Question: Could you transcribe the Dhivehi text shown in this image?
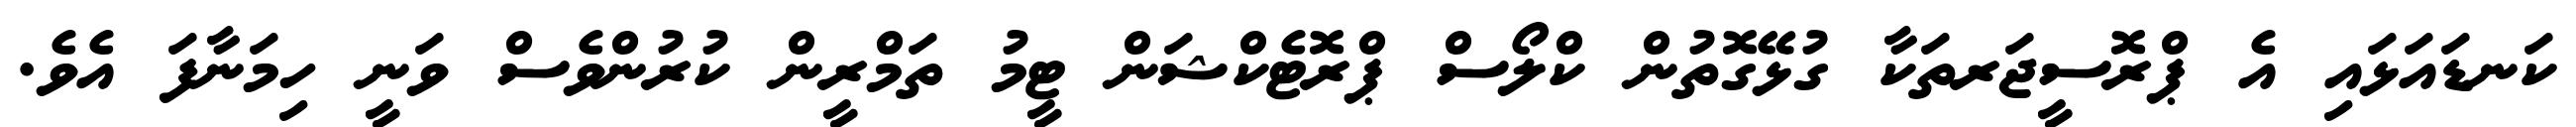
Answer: ކަނޑައަޅައި އެ ޕްރޮސީޖަރތަކާ ގުޅޭގޮތުން ކްލޯސް ޕްރޮޓެކްޝަން ޓީމު ތަމްރީން ކުރުންވެސް ވަނީ ހިމަނާފަ އެވެ.